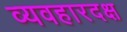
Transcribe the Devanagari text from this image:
व्यवहारदक्ष